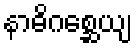
နာဓိဂစ္ဆေယျ